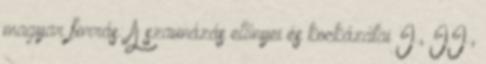
magyar forrás: A szaunázás előnyei és kockázatai I., II.,